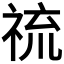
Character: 𱵓